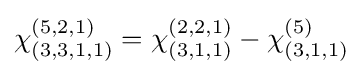
\chi _{(3,3,1,1)}^{(5,2,1)}=\chi _{(3,1,1)}^{(2,2,1)}-\chi _{(3,1,1)}^{(5)}